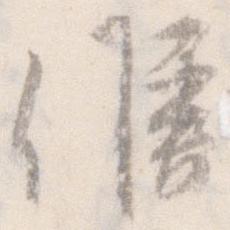
候